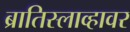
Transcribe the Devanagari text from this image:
ब्रातिस्लाव्हावर